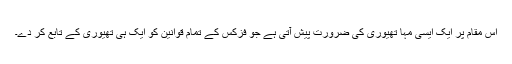
اس مقام پر ایک ایسی مہا تھیوری کی ضرورت پیش آتی ہے جو فزکس کے تمام قوانین کو ایک ہی تھیوری کے تابع کر دے۔